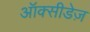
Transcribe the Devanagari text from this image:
ऑक्सीडेज़